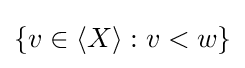
\{v\in \langle X\rangle :v<w\}